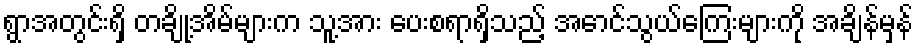
ရွာအတွင်းရှိ တချို့အိမ်များက သူ့အား ပေးစရာရှိသည့် အောင်သွယ်ကြေးများကို အချိန်မှန်